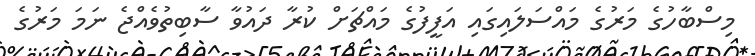
މިސްބާހުގެ މަރުގެ މައްސަލައިގައި އަފީފުގެ މައްޗަށް ކުރާ ދައުވާ ސާބިތުވެއްޖެ ނަމަ މަރުގެ